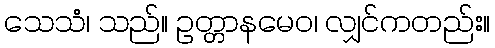
သေသံ၊ သည်။ ဥတ္တာနမေဝ၊ လျှင်ကတည်း။